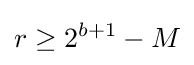
r\geq 2^{b+1}-M